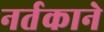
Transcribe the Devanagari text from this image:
नर्तकाने